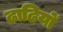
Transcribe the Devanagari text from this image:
ढाढियों